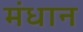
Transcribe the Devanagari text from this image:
मंधान